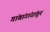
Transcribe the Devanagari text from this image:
गांवांगांवांतून